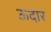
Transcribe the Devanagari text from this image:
ऊदार